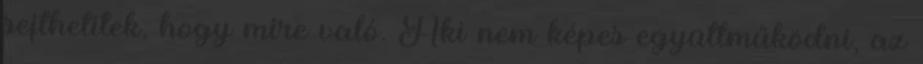
sejthetitek, hogy mire való. Aki nem képes együttműködni, az